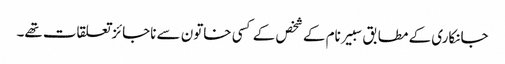
جانکاری کے مطابق سبیر نام کے شخص کے کسی خاتون سے ناجائزتعلقات تھے۔